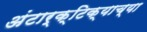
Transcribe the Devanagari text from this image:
अंटार्क्टिक्याच्या